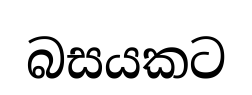
බසයකට